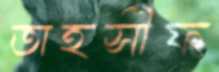
তাহসীফ